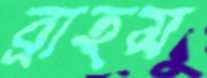
ব্রাহম